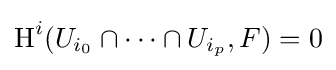
\operatorname {H} ^{i}(U_{i_{0}}\cap \cdots \cap U_{i_{p}},F)=0